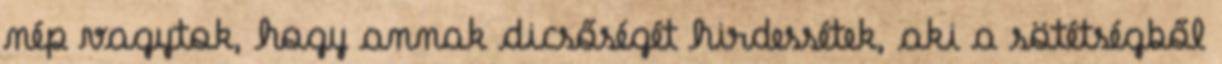
nép vagytok, hogy annak dicsőségét hirdessétek, aki a sötétségből